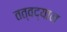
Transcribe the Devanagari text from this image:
तत्वद्यान